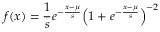
f ( x ) = { \frac { 1 } { s } } e ^ { - { \frac { x - \mu } { s } } } { \Bigl ( } 1 + e ^ { - { \frac { x - \mu } { s } } } { \Bigr ) } ^ { - 2 }